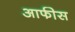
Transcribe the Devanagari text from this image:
आफीस